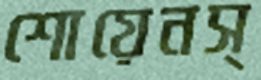
শোয়েনস্